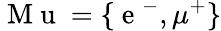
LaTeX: \mathrm{~M~u~}=\lbrace\mathrm{~e~}^{-},\mu^{+}\rbrace